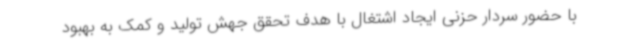
با حضور سردار حزنی ایجاد اشتغال با هدف تحقق جهش تولید و کمک به بهبود